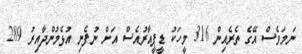
ނަމަވެސް އޭގެ ތެރެއިން 316 މީހަކު ޑީޕީއާރުއެސް އަށް ނުފެނި އުޅެމުންދާއިރު 289